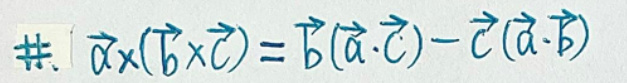
\#. \(\vec{a} \times (\vec{b} \times \vec{c})=\vec{b}(\vec{a} \cdot \vec{c})-\vec{c}(\vec{a} \cdot \vec{b})\)